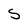
Character: S